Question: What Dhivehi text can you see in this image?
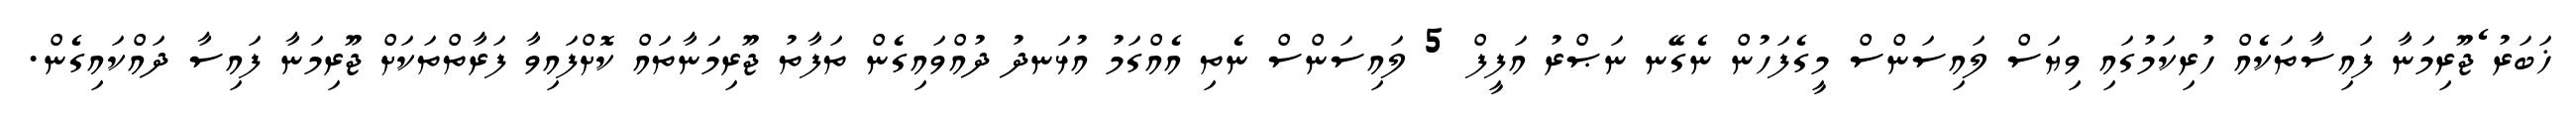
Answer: ޚަބަރު ެޖޫރިމަނާ ފައިސާތަކެއް ހުރިކަމުގައި ވިޔަސް ލައިސަންސް މީގެފަހުން ނެގޭނ ނަޞްރު އަފީފް 5 ލައިސަންސް ނެތި އެއްގަމު އުޅަނދު ދުއްވައިގެން ތަފާތު ޖޫރިމަނާތައް ކޮށްފައިވާ ފަރާތްތަކަށް ޖޫރިމަނާ ފައިސާ ދައްކައިގެން.